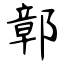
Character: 鄣